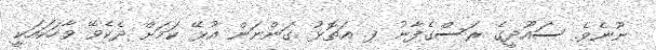
ނޫނެވެ. ސައޫދީގެ ރަސްގެފާނު ފ. އަތޮޅު ގަންނަން އުޅޭ ކަމަށް ދެކެވޭ ވާހަކައަކީ